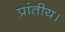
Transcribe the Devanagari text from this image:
प्रांतीय।